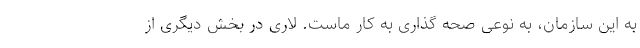
به این سازمان، به نوعی صحه گذاری به کار ماست. لاری در بخش دیگری از